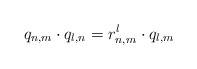
\begin{align*} q_{n,m} \cdot q_{l,n}= r^{l}_{n,m} \cdot q_{l,m}\end{align*}